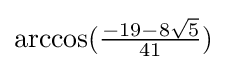
{\textstyle \arccos({\frac {-19-8{\sqrt {5}}}{41}})}